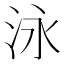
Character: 泳